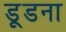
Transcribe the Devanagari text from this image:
डूडना